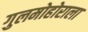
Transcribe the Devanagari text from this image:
गुलमोहोराला